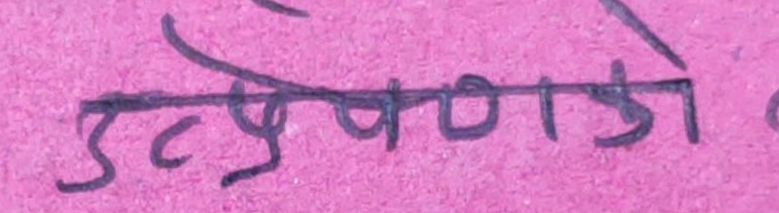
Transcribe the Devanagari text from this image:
उत्प्रेणाले